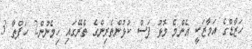
ހަޒާޑްގެ އަމާޒަކީ އެންމެ މޮޅު ފަސް ކުޅުންތެރިންގެ ތެރޭގައި ހިމެނުން2 ހަފްތާ 3